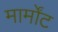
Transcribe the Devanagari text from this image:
मार्मोंट